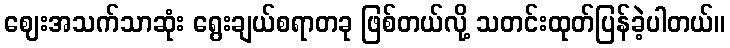
ဈေးအသက်သာဆုံး ရွေးချယ်စရာတခု ဖြစ်တယ်လို့ သတင်းထုတ်ပြန်ခဲ့ပါတယ်။